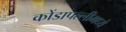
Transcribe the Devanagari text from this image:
कोंडापल्लीमध्ये